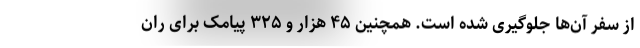
از سفر آن‌ها جلوگیری شده است. همچنین ۴۵ هزار و ۳۲۵ پیامک برای ران